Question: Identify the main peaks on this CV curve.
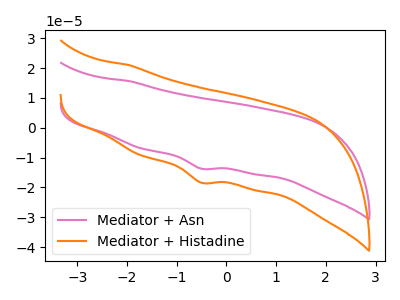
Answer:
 <answer>The pink curve "Mediator + Asn" has a cathodic peak at: (-0.50V, -13.70uA). The orange curve "Mediator + Histadine" has a cathodic peak at: (-0.50V, -18.40uA).</answer>
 <eval></eval>